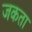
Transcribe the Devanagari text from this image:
जकता